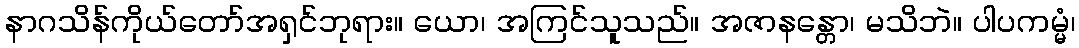
နာဂသိန်ကိုယ်တော်အရှင်ဘုရား။ ယော၊ အကြင်သူသည်။ အဇာနန္တော၊ မသိဘဲ။ ပါပကမ္မံ၊